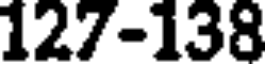
127-138